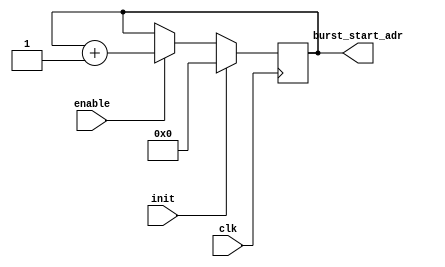
`timescale 1ns / 1ps
//////////////////////////////////////////////////////////////////////////////////////////////////
// connect a counter that will calculate the DDR3 starting address of the next fill
// It will be initialized when the fill number is written.
// It will increment each time data is written to the FIFO

module adc_address_cntr (
    // inputs
    input clk,
    input init,                   // initialize to zero when the fill number is written
    input enable,                 // will be enabled at the end of a fill
    // outputs
    output reg [22:0] burst_start_adr   // first DDR3 burst memory location for this fill
);

always @(posedge clk) begin
    if (init) begin
        // clear to zero when initialized
        burst_start_adr[22:0] <= 23'b0;
    end
    else if (enable) begin
        // increment 
        burst_start_adr[22:0] <= burst_start_adr[22:0] + 1;
    end
end
endmodule